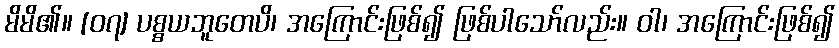
မိမိ၏။ [၀၇] ပစ္စယဘူတေပိ၊ အကြောင်းဖြစ်၍ ဖြစ်ပါသော်လည်း။ ဝါ၊ အကြောင်းဖြစ်၍